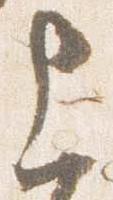
上